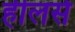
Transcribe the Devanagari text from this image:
हीलर्स